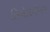
હિએરોનીમસ